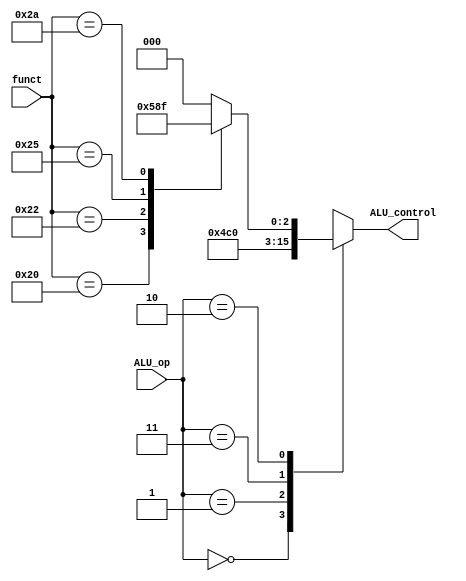
`timescale 1ns / 1ps

module ALUcontrol(ALU_control, funct, ALU_op);
    input   [1:0]   ALU_op;
    input   [5:0]   funct;
    output  [3:0]   ALU_control;
    
    reg     [3:0]   ALU_control;
    
    initial begin
        ALU_control = 0;
    end
    
    always @ (funct or ALU_op) begin
        case (ALU_op)
            2'b00: ALU_control = 4'b0010;
            2'b01: ALU_control = 4'b0110;
            2'b11: ALU_control = 4'b0000;
            2'b10: begin
                case (funct)
                    6'b100000: ALU_control = 4'b0010;
                    6'b100010: ALU_control = 4'b0110;
                    6'b100101: ALU_control = 4'b0001;
                    6'b101010: ALU_control = 4'b0111;
                    6'b100100: ALU_control = 4'b0000; 
                    default:   ALU_control = 4'b0000;
                endcase
            end
            default: ALU_control <= 4'b0000;
        endcase
    end
endmodule